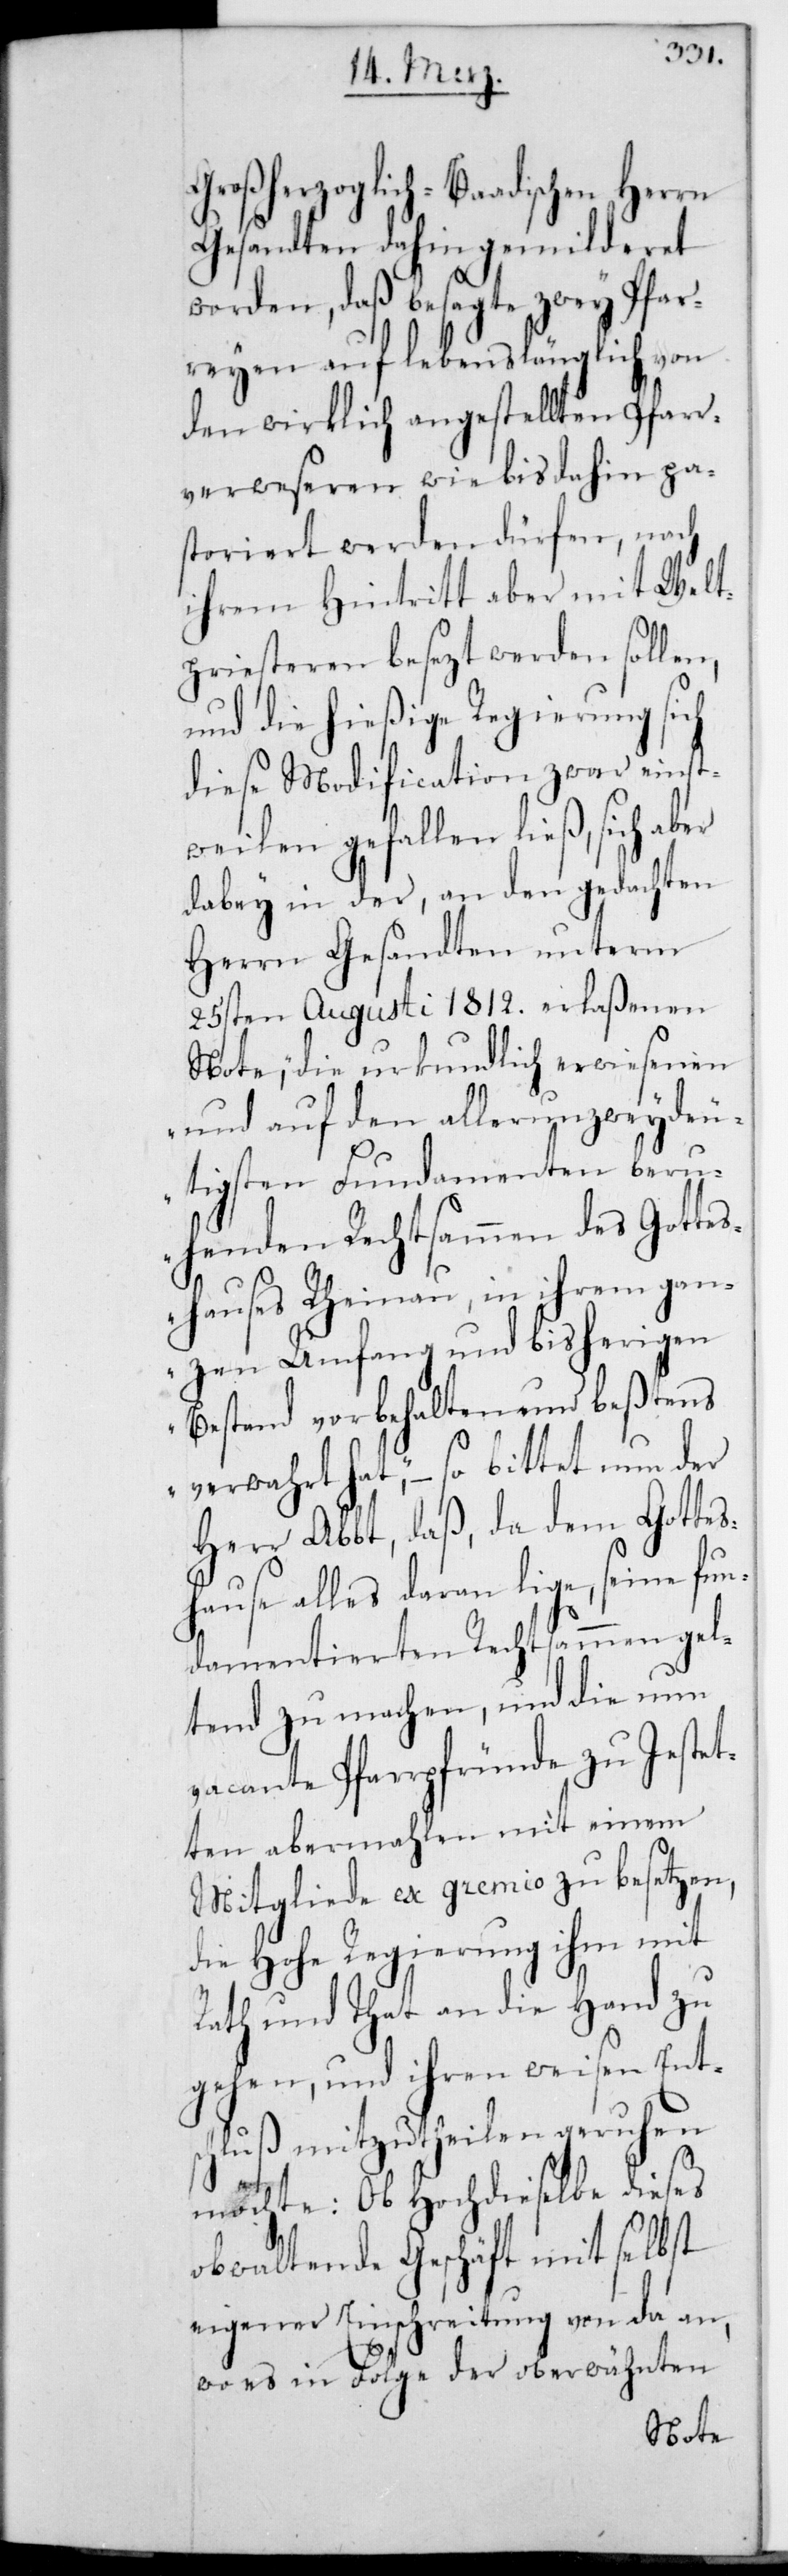
Großherzoglich-Baadischen Herrn
Gesandten dahin gemilderet
worden, daß besagte zwey Pfar¬
reien auf lebenslänglich von
den wirklich angestellten Pfarr¬
verweseren wie bis dahin pa¬
storiert werden dürfen, nach
ihrem Hintritt aber mit Welt¬
priesteren besetzt werden sollen,
und die hießige Regierung sich
diese Modification zwar einst¬
weilen gefallen ließ, sich aber
dabey in der, an den gedachten
Herrn Gesandten unterm
25sten Augusti 1812. erlaßenen
Note, „Die urkundlich erwiesenen
und auf den allerunzweydeu¬
tigsten Fundamenten beru¬
henden Rechtsammen des Gottes¬
hauses Rheinau, in ihrem gan¬
zen Umfang und bisherigen
Bestand vorbehalten und bestens
verwahrt hat“, – so bittet nun der
Herr Abbt, daß da dem Gottes¬
hause alles daran lige, seine fun¬
damentierten Rechtsammen gel¬
tend zu machen, und die nun
vacante Pfarrpfründe zu Jestet¬
ten abermalen mit einem
Mitgliede ex gremio zu besetzen,
die Hohe Regierung ihm mit
Rath und Tat an die Hand zu
gehen, und ihren weisen Ents¬
chluß mitzutheilen geruhen
möchte: Ob Hochdieselbe dieses
obwaltende Geschäft mit selbst
eigener Einschreitung von da
wo es in Folge der oberwähnten